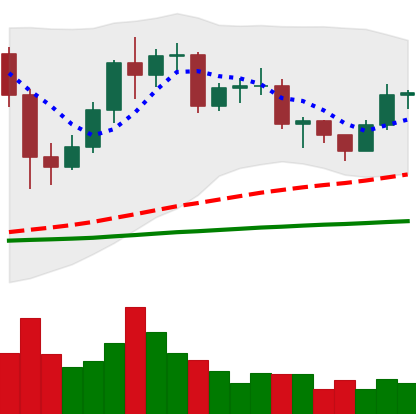
Ticker: LTC-USD
Chart end date: 2020-12-14
Forward return: 46.375%
Label: up_7plus